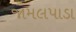
જામલપાડા